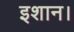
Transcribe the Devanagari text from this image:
इशान।